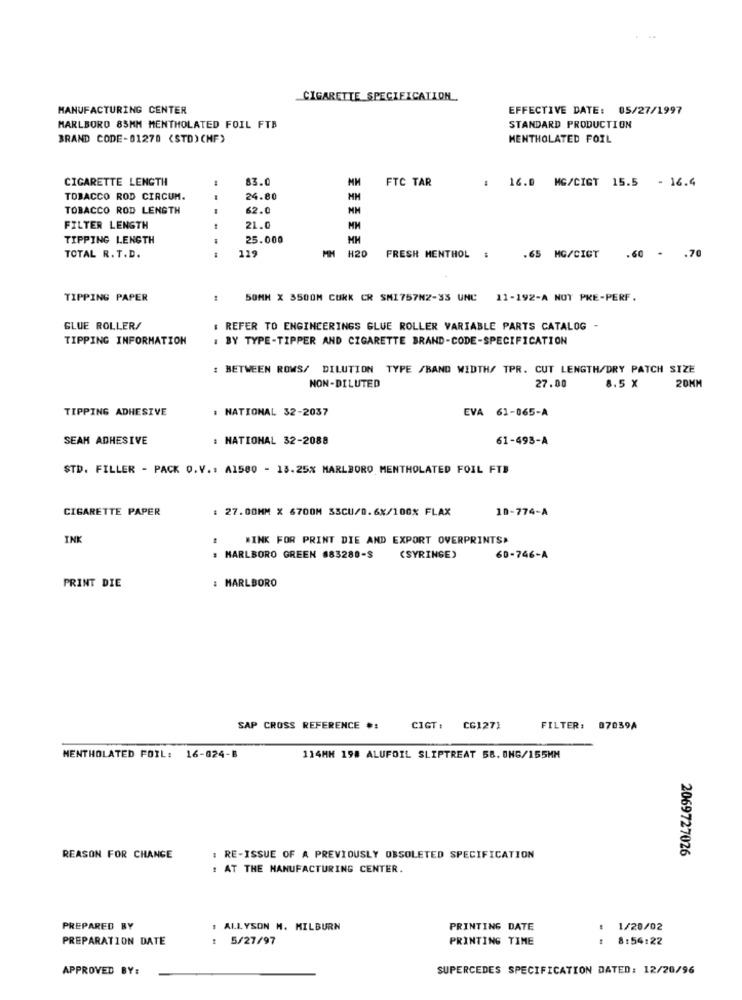
CIGARETTE SPECIFICATION
MANUFACTURING CENTER
EFFECTIVE DATE: 05/27/1997
MARLBORO 85MM MENTHOLATED FOIL FTB
STANDARD PRODUCTION
BRAND CODE-01270 (STD) (MF)
MENTHOLATED FOIL
CIGARETTE LENGTH
83.0
FTC TAR
: 16.0 MG/CIGT 15.5 - 16.4
TOBACCO ROD CIRCUM.
24.80
TOBACCO ROD LENGTH
62.0
FILTER LENGTH
21.0
TIPPING LENGTH
25.000
MH
MH
H20
TOTAL R. T.D.
- -
129
FRESH MENTHOL :
.65 MG/CICT
.60 - . 70
TIPPING PAPER
50MM X 3500M CURK CR SMI757N2-33 UNC 11-192-A NOT PRE-PERF.
GLUE ROLLER/
: REFER TO ENGINCERINGS GLUE ROLLER VARIABLE PARTS CATALOG -
TIPPING INFORMATION
: BY TYPE-TIPPER AND CIGARETTE BRAND-CODE-SPECIFICATION
: BETWEEN ROWS/ DILUTION TYPE /BAND WIDTH/ TPR. CUT LENGTH/DRY PATCH SIZE
NON-DILUTED
27.00
8.5 X
20MM
TIPPING ADHESIVE
. NATIONAL 32-2037
EVA 61-065-A
SEAM ADHESIVE
: NATIONAL 32-2088
61-493-A
STD. FILLER - PACK O.V .: A1580 - 13.25% MARLBORO MENTHOLATED FOIL FTB
CIGARETTE PAPER
: 27.00MM X 6700M SSCU/0.6X/100% FLAX
10-774-A
INK
WINK FOR PRINT DIE AND EXPORT OVERPRINTS'
MARLBORO GREEN #83280-S
(SYRINGE)
60-746-A
PRINT DIE
: MARLBORO
SAP CROSS REFERENCE #:
CIGT: CG1271
FILTER: 07059A
MENTHOLATED FOIL: 16-024-B
114MM 198 ALUFOIL SLIPTREAT 58, ONG/155MM
2069727026
REASON FOR CHANGE
: RE-ISSUE OF A PREVIOUSLY OBSOLETED SPECIFICATION
: AT THE MANUFACTURING CENTER.
PREPARED BY
ALLYSON M. MILBURN
PRINTING DATE
1/20/02
PREPARATION DATE
5/27/97
PRINTING TIME
8:54:22
APPROVED BY:
SUPERCEDES SPECIFICATION DATED: 12/20/96